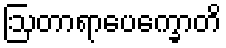
ဩတာရာပေက္ခောတိ